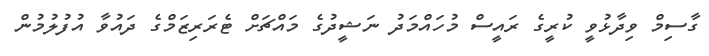
ގާސިމް ވިދާޅުވީ ކުރީގެ ރައީސް މުހައްމަދު ނަޝީދުގެ މައްްޗަށް ޓެރަރިޒަމްގެ ދައުވާ އުފުލުމުން